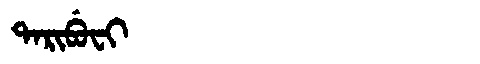
Manchu: ᡨᠠᡵᡳᠪᡠᠸᡳ
Romanization: TARIBUFI